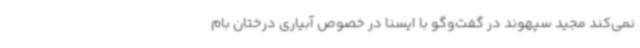
نمی‌کند مجید سپهوند در گفت‌وگو با ایسنا در خصوص آبیاری درختان بام